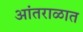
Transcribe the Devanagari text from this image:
आंतराळात